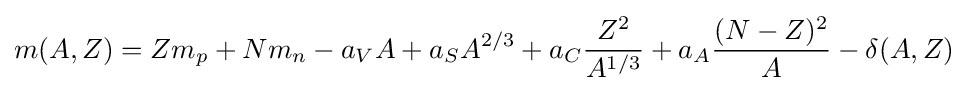
m(A,Z)=Zm_{p}+Nm_{n}-a_{V}A+a_{S}A^{2/3}+a_{C}{\frac {Z^{2}}{A^{1/3}}}+a_{A}{\frac {(N-Z)^{2}}{A}}-\delta (A,Z)